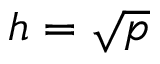
h = { \sqrt { p } }